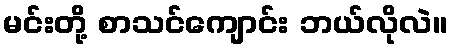
မင်းတို့ စာသင်ကျောင်း ဘယ်လိုလဲ။